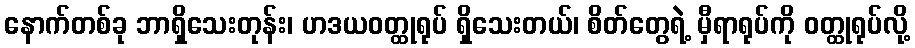
နောက်တစ်ခု ဘာရှိသေးတုန်း၊ ဟဒယဝတ္ထုရုပ် ရှိသေးတယ်၊ စိတ်တွေရဲ့ မှီရာရုပ်ကို ဝတ္ထုရုပ်လို့